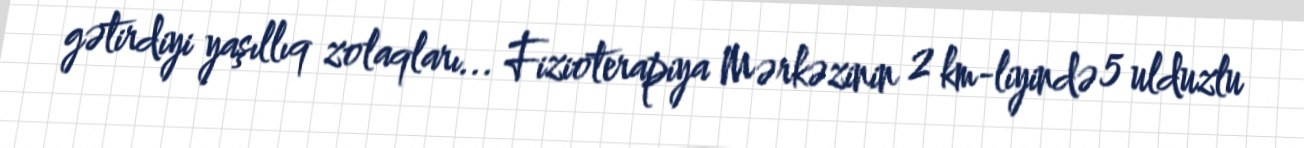
gətirdiyi yaşıllıq zolaqları... Fizioterapiya Mərkəzinin 2 km-liyində 5 ulduzlu